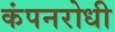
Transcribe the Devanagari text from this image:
कंपनरोधी